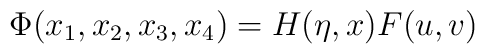
\Phi(x_{1},x_{2},x_{3},x_{4})=H(\eta,x)F(u,v)